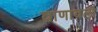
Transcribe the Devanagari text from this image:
वाणावली